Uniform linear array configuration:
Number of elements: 64
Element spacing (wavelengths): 1
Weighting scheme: kaiser
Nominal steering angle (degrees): -60
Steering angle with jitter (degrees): -58.285
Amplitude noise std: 0.05
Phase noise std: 0.05

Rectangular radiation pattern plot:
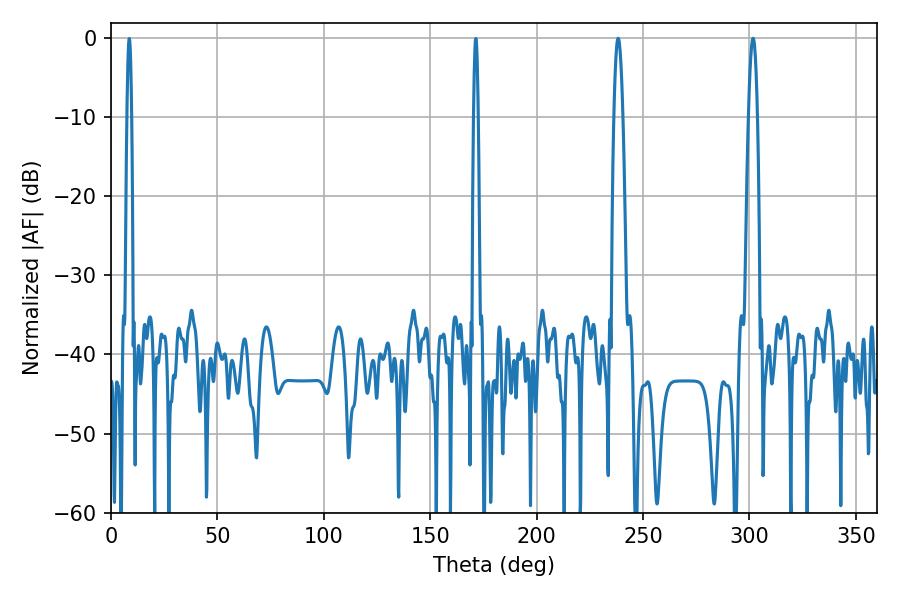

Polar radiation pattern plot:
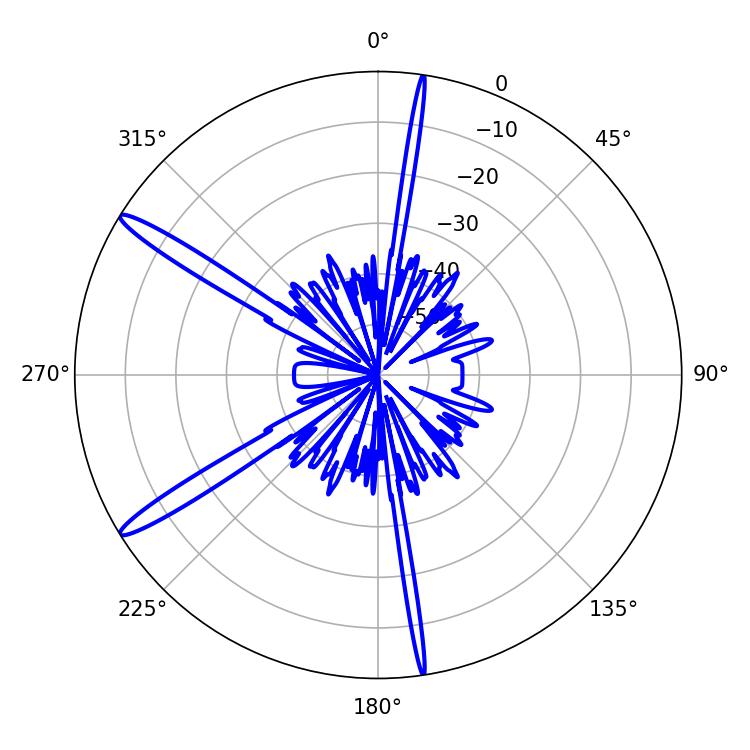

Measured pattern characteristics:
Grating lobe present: TRUE
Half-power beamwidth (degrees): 2.16
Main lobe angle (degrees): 301.68